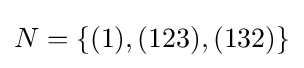
N=\{(1),(123),(132)\}